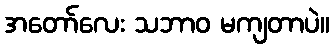
အတော်လေး သဘာဝ မကျတာပဲ။